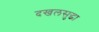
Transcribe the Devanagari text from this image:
दखलसुद्धा